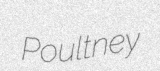
Poultney